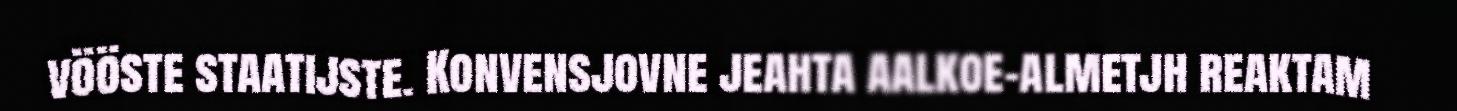
vööste staatijste. Konvensjovne jeahta aalkoe-almetjh reaktam